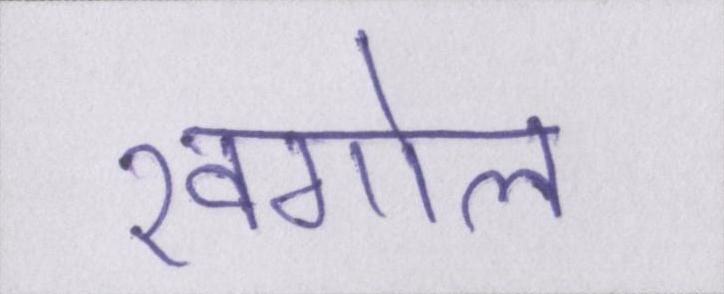
खगोल